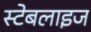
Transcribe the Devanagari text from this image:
स्टेबलाइज